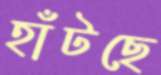
হাঁটছে